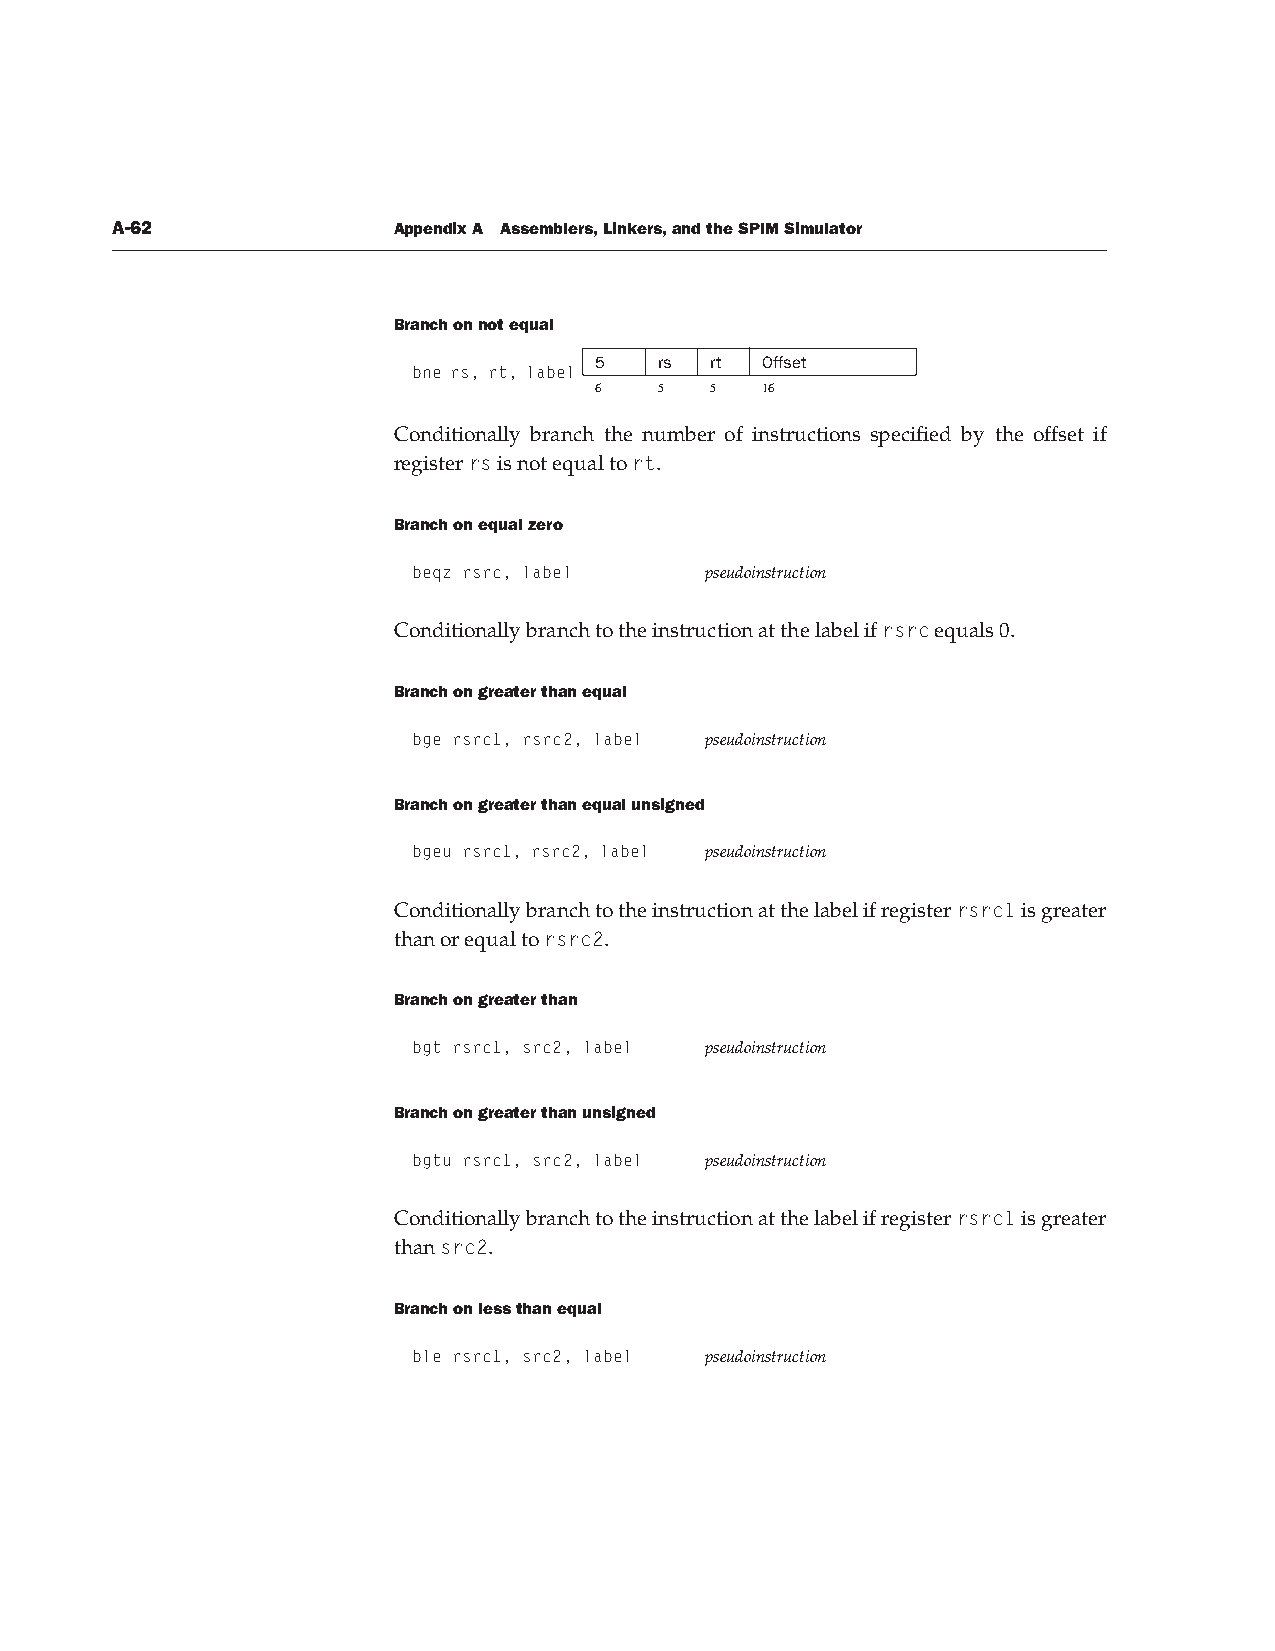
A-62               Appendix A Assemblers, Linkers, and the SPIM Simulator
 Branch on not equal
 5    rs rt Offset
 bne rs, rt, label
 6    5  5  16
 Conditionally branch the number of instructions specified by the offset if
 register rs is not equal to rt.
 Branch on equal zero
 beqz rsrc, label    pseudoinstruction
 Conditionally branch to the instruction at the label if rsrc equals 0.
 Branch on greater than equal
 bge rsrc1, rsrc2, label pseudoinstruction
 Branch on greater than equal unsigned
 bgeu rsrc1, rsrc2, label pseudoinstruction
 Conditionally branch to the instruction at the label if register rsrc1 is greater
 than or equal to rsrc2.
 Branch on greater than
 bgt rsrc1, src2, label pseudoinstruction
 Branch on greater than unsigned
 bgtu rsrc1, src2, label pseudoinstruction
 Conditionally branch to the instruction at the label if register rsrc1 is greater
 than src2.
 Branch on less than equal
 ble rsrc1, src2, label pseudoinstruction